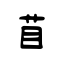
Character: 苜